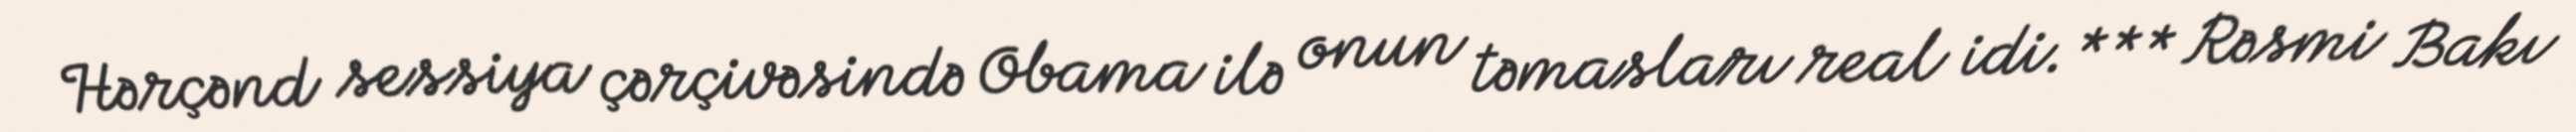
Hərçənd sessiya çərçivəsində Obama ilə onun təmasları real idi. *** Rəsmi Bakı